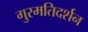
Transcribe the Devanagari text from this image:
गुरमतिदर्शन